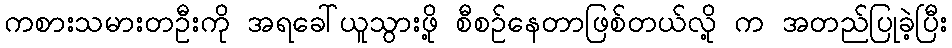
ကစားသမားတဦးကို အရခေါ်ယူသွားဖို့ စီစဉ်နေတာဖြစ်တယ်လို့ က အတည်ပြုခဲ့ပြီး